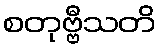
စတုဗ္ဗီသတိ